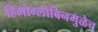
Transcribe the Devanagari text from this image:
हिमोग्लोबिनमुळेच